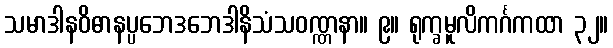
သမာဒါနဝိဓာနပ္ပဘေဒဘေဒါနိသံသဝဏ္ဏနာ။ ၉။ ရုက္ခမူလိကင်္ဂကထာ ၃၂။